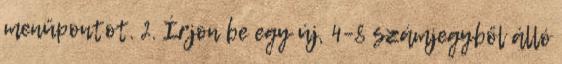
menüpontot. 2. Írjon be egy új, 4–8 számjegyből álló